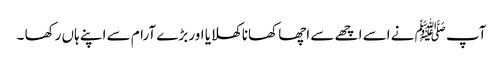
آپ ﷺ نے اسے اچھے سے اچھا کھانا کھلایا اور بڑے آرام سے اپنے ہاں رکھا ۔